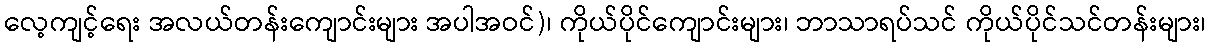
လေ့ကျင့်ရေး အလယ်တန်းကျောင်းများ အပါအဝင်)၊ ကိုယ်ပိုင်ကျောင်းများ၊ ဘာသာရပ်သင် ကိုယ်ပိုင်သင်တန်းများ၊